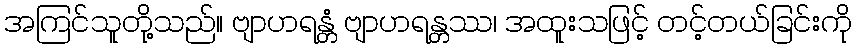
အကြင်သူတို့သည်။ ဗျာဟရန္တံ ဗျာဟရန္တဿ၊ အထူးသဖြင့် တင့်တယ်ခြင်းကို